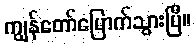
ကျွန်တော်မြောက်သွားပြီ။